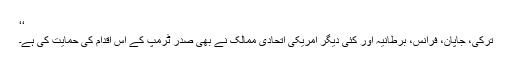
‘‘
ترکی، جاپان، فرانس، برطانیہ اور کئی دیگر امریکی اتحادی ممالک نے بھی صدر ٹرمپ کے اس اقدام کی حمایت کی ہے۔